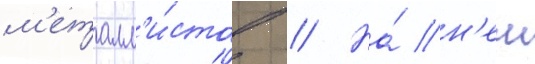
м'еталл'и́стов // На́ н'еи